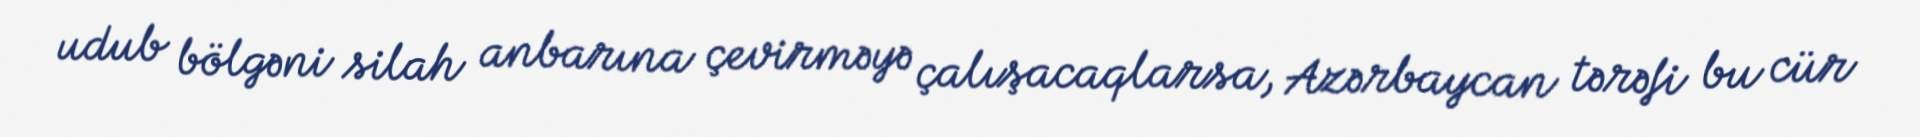
udub bölgəni silah anbarına çevirməyə çalışacaqlarsa, Azərbaycan tərəfi bu cür